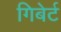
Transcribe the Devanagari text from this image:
गिबेर्ट